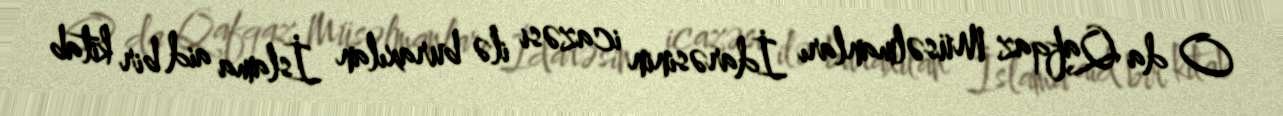
O da Qafqaz Müsəlmanları İdarəsinin icazəsi ilə buraxılan İslama aid bir kitab